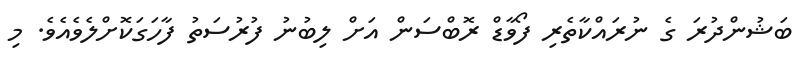
ބަޝުންދުރަ ގެ ނުރައްކާތެރި ފޯވާޑް ރޮބްސަން އަށް ލިބުނު ފުރުސަތު ފާހަގަކޮށްލެވެއެވެ. މި